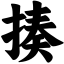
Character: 揍